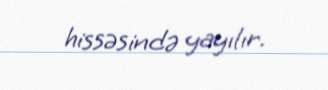
hissəsində yayılır.